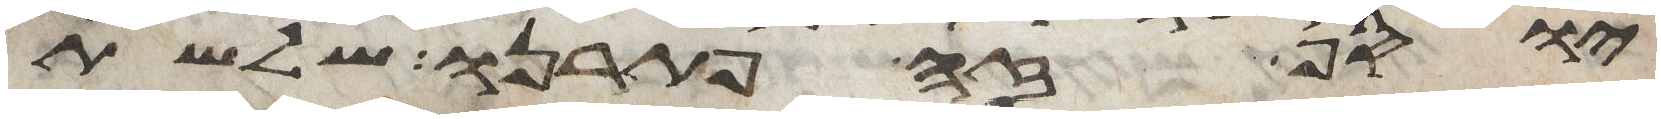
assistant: יוסף זה פתרנו שלשת